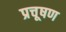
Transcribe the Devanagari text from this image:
प्रचूषण